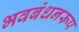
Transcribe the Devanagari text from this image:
भवबंधनरूप